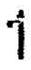
1